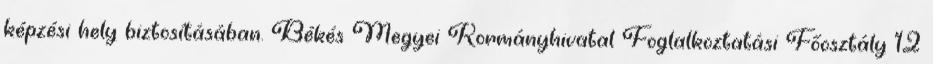
képzési hely biztosításában. Békés Megyei Kormányhivatal Foglalkoztatási Főosztály 12